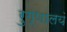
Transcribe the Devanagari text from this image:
रुग्णालयं